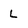
Character: L